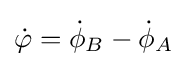
{\dot {\varphi }}={\dot {\phi }}_{B}-{\dot {\phi }}_{A}